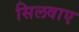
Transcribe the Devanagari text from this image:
सिलवाए